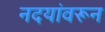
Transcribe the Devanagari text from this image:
नदयांवरून